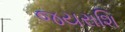
જયરાશિ